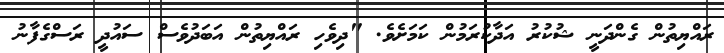
ރައްޔިތުން ގެންދަނީ ޝުކުރު އަދާކުރަމުން ކަަމަށެވެ. "ދިވެހި ރައްޔިތުން އަބަދުވެސް ސައުދީ ރަސްގެފާނު